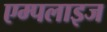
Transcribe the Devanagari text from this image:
एम्पलाइज